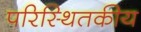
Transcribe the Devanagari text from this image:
परिस्थितकीय